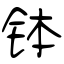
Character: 钵